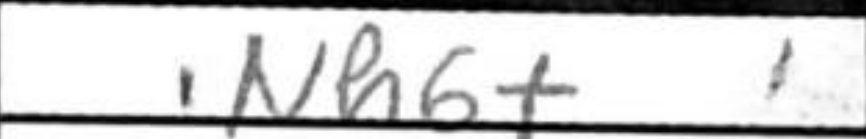
Transcription: Nh6+